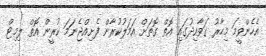
އެހެންވީމަ މިހާރު ގަވާއިދުގައި އޮތް ގޮތަށް އަމަލުކުރާން ފެށިއްޖެނަމަ ކުރީން އޮތް ލިމިޓް